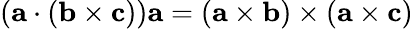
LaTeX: (\mathbf{a}\cdot(\mathbf{b}\times\mathbf{c}))\mathbf{a}=(\mathbf{a}\times\mathbf{b})\times(\mathbf{a}\times\mathbf{c})